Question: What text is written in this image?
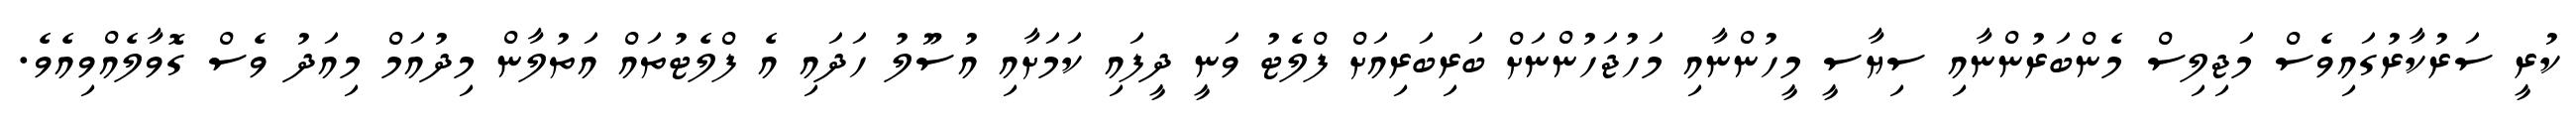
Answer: ކުރީ ސަރުކާރުގައިވެސް މަޖިލިސް މެންބަރުންނާއި ސިޔާސީ މީހުންނާއި މަހުޖަހުންނަށް ބަރިބަރިއަށް ފްލެޓު ވަނީ ދީފައި ކަމަށާއި އުސޫލު ހަދައި އެ ފްލެޓުތައް އަތުލާން މިދުއަމް މިއަދު ވެސް ގޮވާލެއްވިއެވެ.